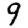
Digit: 9